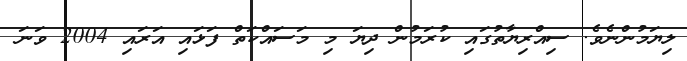
ލިޔަމުންނެވެ. ސިއްރިޔާތުގައި ކުރަމުން ދިޔަ މި މަސައްކަތް ފަޅައި އަރައި 2004 ވަނަ